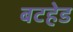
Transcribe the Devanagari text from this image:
बटहेड